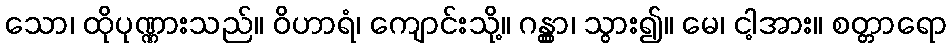
သော၊ ထိုပုဏ္ဏားသည်။ ဝိဟာရံ၊ ကျောင်းသို့။ ဂန္တွာ၊ သွား၍။ မေ၊ ငါ့အား။ စတ္တာရော